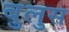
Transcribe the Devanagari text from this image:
बुलुस